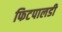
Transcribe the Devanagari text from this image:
फिटपालडी